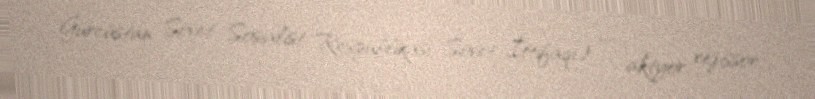
Gürcüstan Sovet Sosialist Respublikası, Sovet İttifaqı) — aktyor, rejissor,